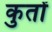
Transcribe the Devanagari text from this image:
कुतों